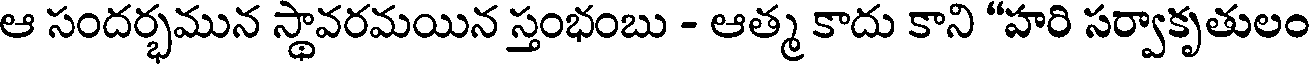
ఆ సందర్భమున స్థావరమయిన స్తంభంబు - ఆత్మ కాదు కాని "హరి సర్వాకృతులం